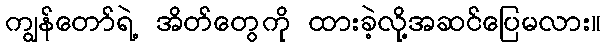
ကျွန်တော်ရဲ့ အိတ်တွေကို ထားခဲ့လို့အဆင်ပြေမလား။